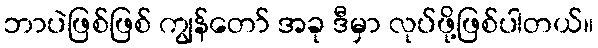
ဘာပဲဖြစ်ဖြစ် ကျွန်တော် အခု ဒီမှာ လုပ်ဖို့ဖြစ်ပါတယ်။